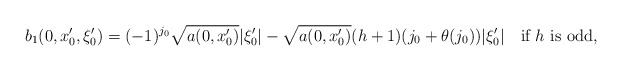
\begin{align*}b_1(0,x'_0,\xi'_0)=(-1)^{j_0}\sqrt{a(0,x'_0)}|\xi'_0|-\sqrt{a(0,x'_0)}(h+1)(j_0+\theta(j_0))|\xi'_0|\quad\textrm{if $h$ is odd},\end{align*}